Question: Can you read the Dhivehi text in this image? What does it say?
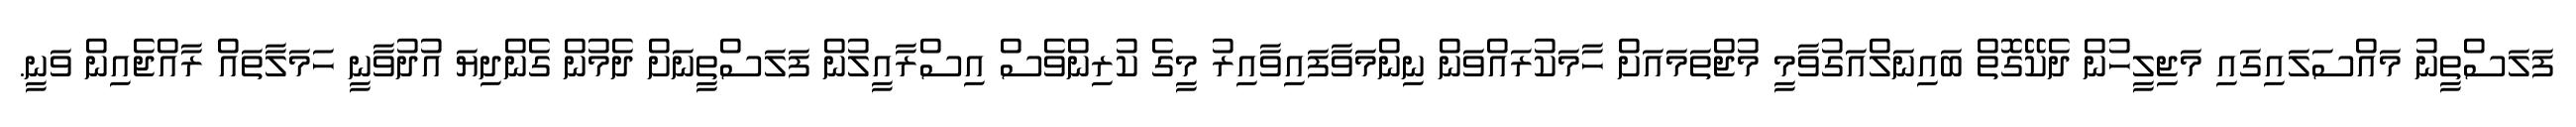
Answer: ފަލަސްތީނު މައްސަލައިގައި މަޖިލީހުން ދެކޭގޮތް ބައިނަލްއަގުވާމީ މުޖްތަމައަށް ހާމަކުރައްވަން ނިންމަވާފައިވާއިރު މީގެ ކުރިންވެސް އިސްރާއީލުން ފަލަސްތީނަށް ދެމުން ގެންދިޔަ އުދުވާނީ ހަމަލާތައް ރާއްޖެއިން ވަނީ.